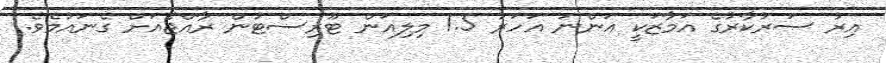
އިރު ސަރުކާރުގެ އަމާޒަކީ އަންނަ އަހަރު 1.5 މިލިއަން ޓޫރިސްޓުން ރާއްޖެއަށް ގެނައުމެވެ.